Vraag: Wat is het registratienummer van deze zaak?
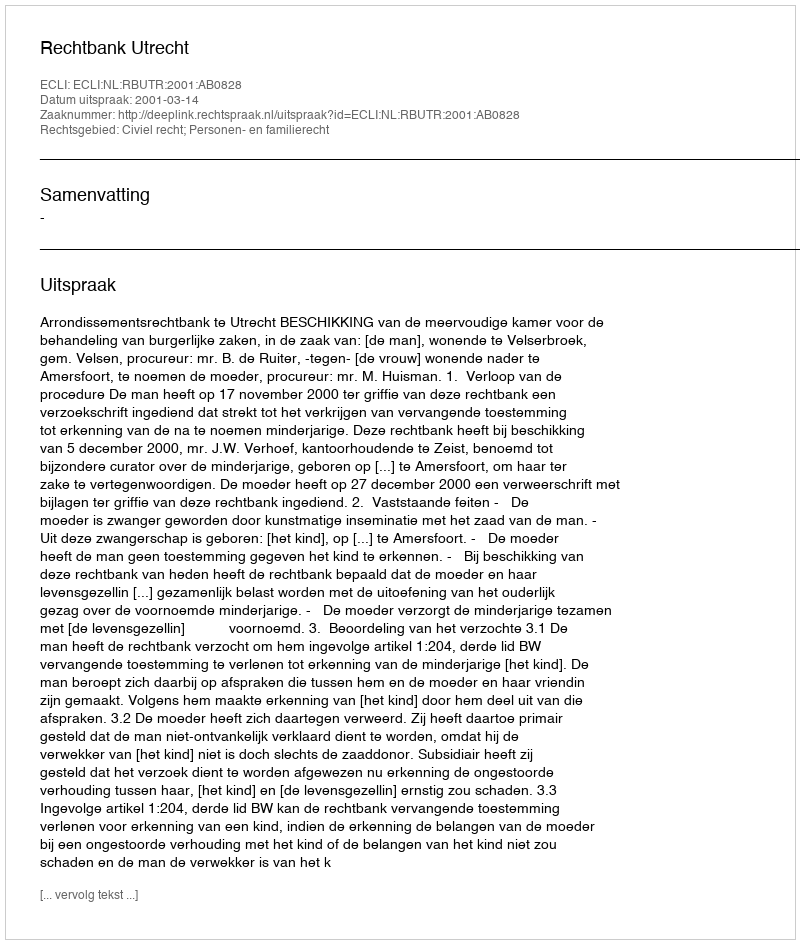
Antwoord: http://deeplink.rechtspraak.nl/uitspraak?id=ECLI:NL:RBUTR:2001:AB0828